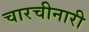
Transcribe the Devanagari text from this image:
चारचीनारी